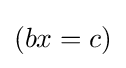
\left(bx=c\right)